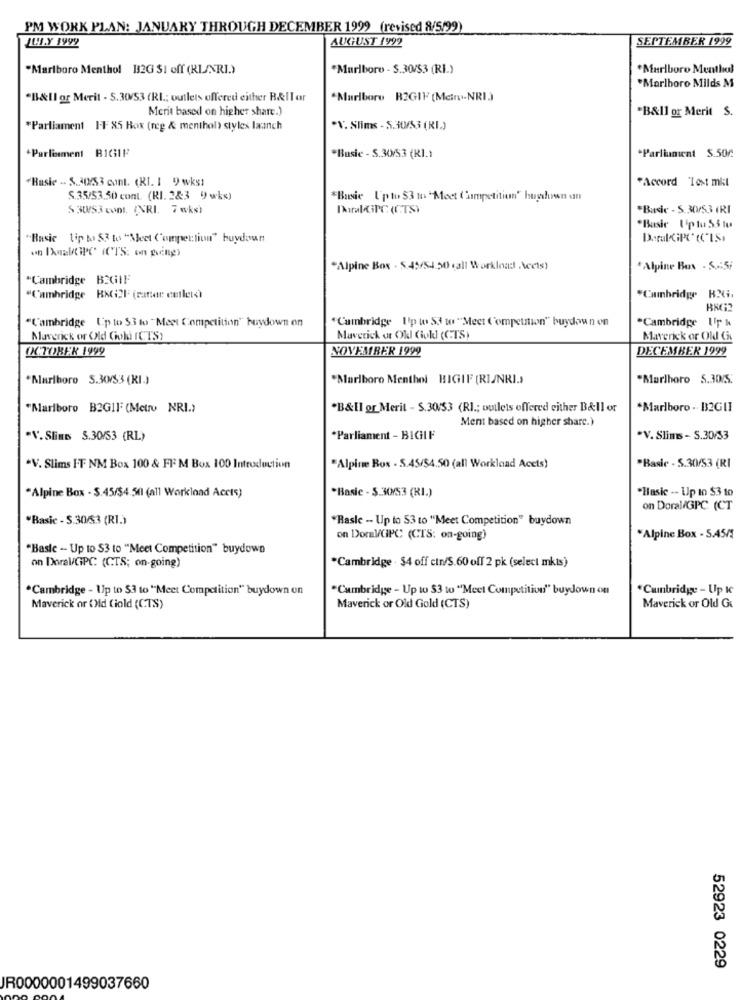
PM WORK PLAN: JANUARY THROUGH DECEMBER 1999 (revised 8/5/99)
JULY 1999
AUGUST 1992
SEPTEMBER 1999
"Marlboro Menthol B2G $1 off (RLANRI)
*Marlboro - $.30/53 (RI)
*Marlboro Menthol
*Marlboro Milds M
*B&Il or Merit - 5.30/53 (RL; outlets offered either B&II ar
*Marlboro R2GIF (Metro-NRI)
Merit based on higher share.)
*B&Il or Merit S.
*Parliament FF 85 Rox (reg & menthol) styles launch
"V. Slims - 5.30/53 (RI.)
+Parliament BIG31!
*Parliament S.50€
*Basic - S.30/53 (RI)
"Basic - 5.30/53 cont. (RI. 1 9) wks1
"Accord Tost mil
S.35/53,50 conL. (RI. 28:3 9) wks)
*Bassie Up to $3 to "Meet Competition" buydown at
$ 30/53 cont. INRI. 7 wks)
*Basic - 5.30/53 (RI
*Basic Up to 55 tu
"Basic Lip to 53 to "Meet Comperlion" buydoun
Doral CiPC (CISs
on InaktiPC (CTS: on ping)
*Alpine Box . 5.45/54 50 call Workload .\ects)
*Alpine Box . S .: 5/
"Cambridge B2GIF
"Cambridge KKGi2F (cantar cutlets)
*Cambridge HXGi.
BNC12
"Cambridge Up to 53 to " Meet Competition" buydown on
"Cambridge Up to 53 to "Meet Competition" buydown on
*Cambridge 1
Maverick or Old Coli (CTS)
Maverick of Old Gok (CTS)
Maverick or Old Git
OCTOBER 1999
NOVEMBER 1999
DECEMBER 1999
*Marlboro 5.30/53 (KI.)
"Marlboro Menthol BIGIF (RIJNRI.>
*Marlboro 5.30/5.
"Marlboro B2G1FF (Metro NRI.)
*B&Il or Merit - S.30/53 (RI .; outlets offered either B&ll or
*Marlboro - B32GLI
Ment based on higher share.)
"V. Slims 3.30/53 (RL)
*Parliament - BIGHIF
*V. Slims - S.30/53
*V. Slims F.F NM Box 100 & FF M Box 100 Introduction
*Alpine Box - S.45/54.50 (all Workload Accts)
*Basic - 5.30/53 (RI
*Basic - $.30/53 (RI.)
"Hasic -- Up to $3 to
*Alpine Box - $.45/$4.501 (all Workload Accts)
on Doral/GPC (CT
*Basic - S.30/53 (RI.)
"Basic -- Up to 53 to "Meet Competition" buydown
on Doral/CPC (CTS: on-going)
*Alpine Box - 5.45/1
"Basle - Up to $3 to "Meet Competition" buydown
*Cambridge . $4 off cin/S.60 off 2 pk (select mkts)
on DoralGPC (CTS; on-going)
*Cambridge - Up to $3 to "Meet Competition" buydown on
"Cambridge - Up to 53 to "Meet Competition" buydown on
*Cambridge - Up IC
Maverick or (Md Ciold (CTS)
Maverick or Old Gold (CTS)
Maverick or Old Gi
52923 0229
JR0000001499037660